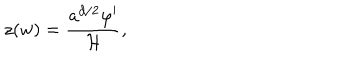
LaTeX: z ( w ) = \frac { a ^ { d / 2 } \varphi ^ { \prime } } { { \cal H } } ,